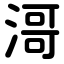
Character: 滒